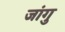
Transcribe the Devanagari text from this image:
जांगु